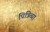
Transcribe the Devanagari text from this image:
पित्रिव्या